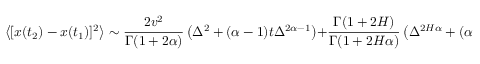
\left< [ x ( t _ { 2 } ) - x ( t _ { 1 } ) ] ^ { 2 } \right> \sim \frac { 2 v ^ { 2 } } { \Gamma ( 1 + 2 \alpha ) } \left( \Delta ^ { 2 } + ( \alpha - 1 ) t \Delta ^ { 2 \alpha - 1 } \right) + \frac { \Gamma ( 1 + 2 H ) } { \Gamma ( 1 + 2 H \alpha ) } \left( \Delta ^ { 2 H \alpha } + ( \alpha - 1 ) t \Delta ^ { 2 H \alpha - 1 } \right) .